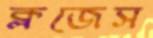
ক্লজেস